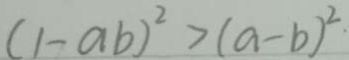
( 1 - a b ) ^ { 2 } > ( a - b ) ^ { 2 }